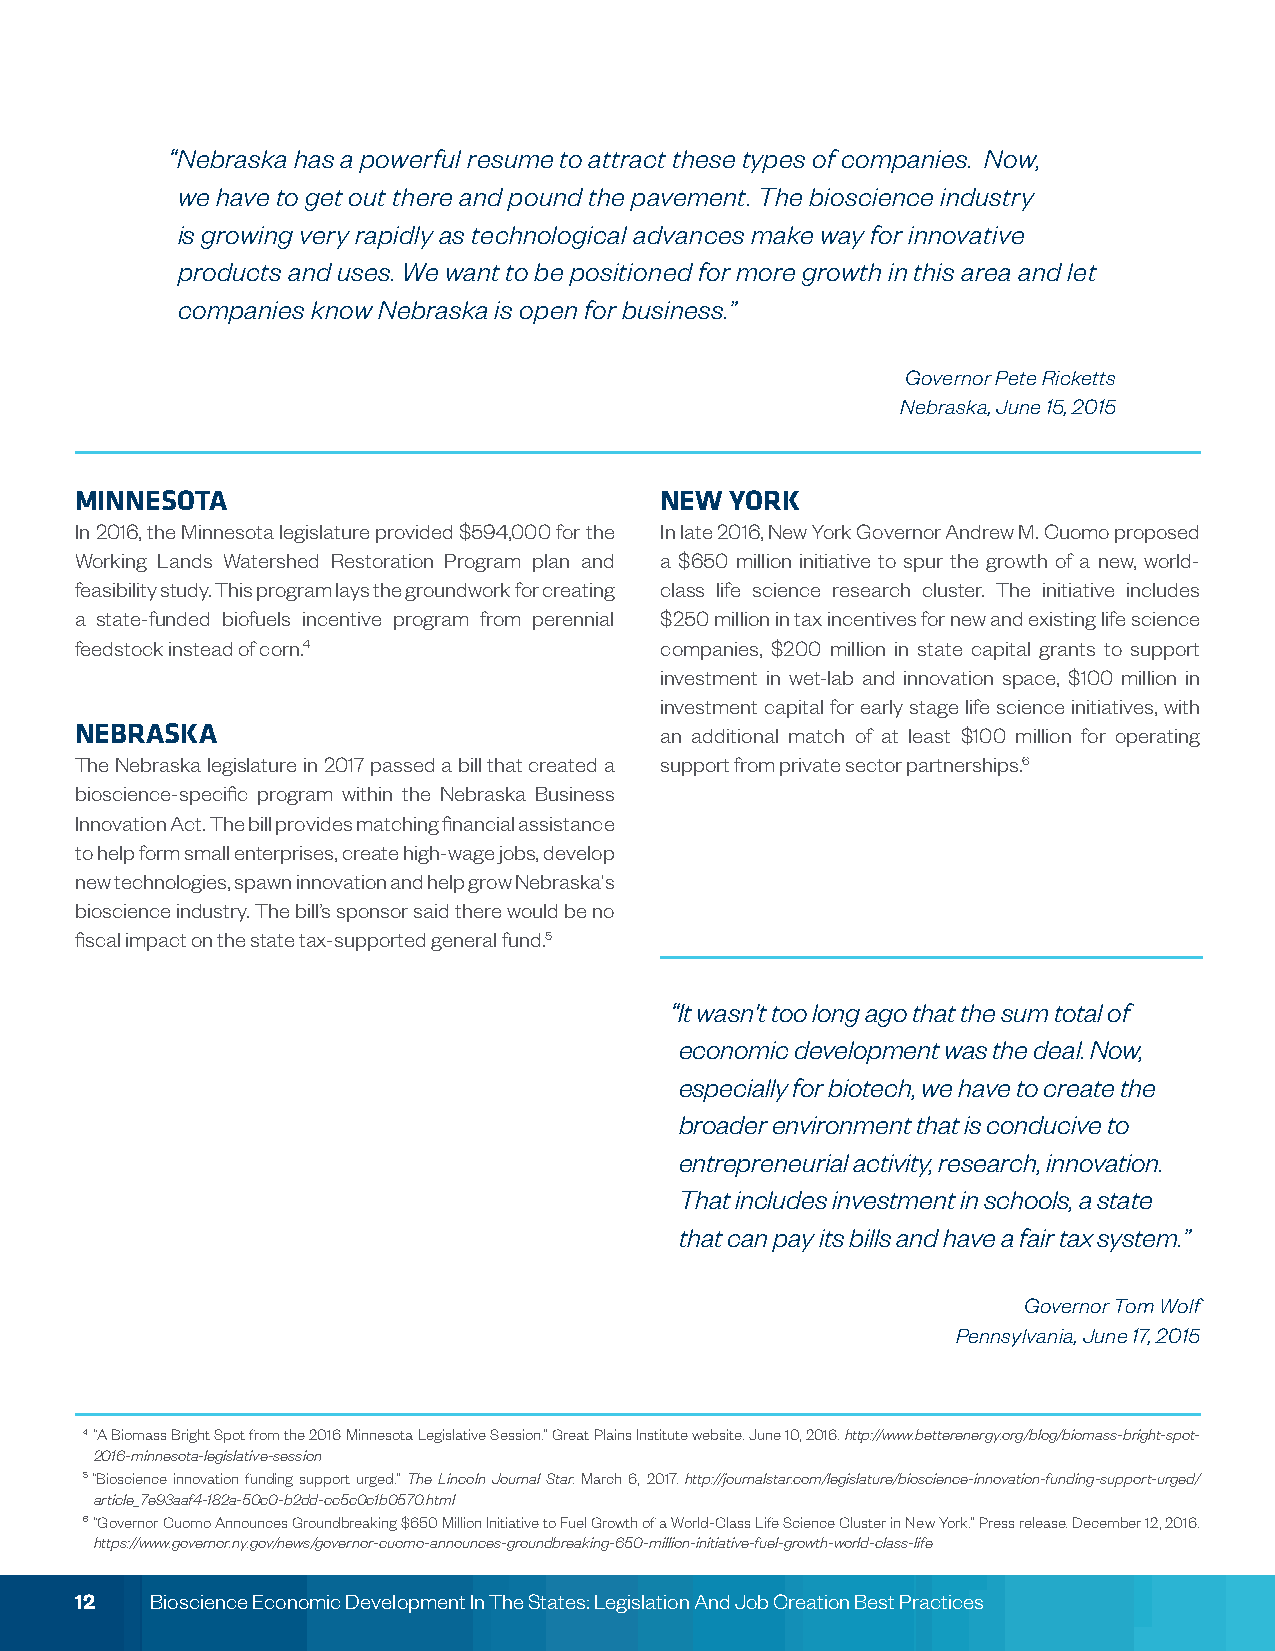
“Nebraska has a powerful resume to attract these types of companies. Now,
 we have to get out there and pound the pavement. The bioscience industry
 is growing very rapidly as technological advances make way for innovative
 products and uses. We want to be positioned for more growth in this area and let
 companies know Nebraska is open for business.”
 Governor Pete Ricketts
 Nebraska, June 15, 2015
 MINNESOTA                              NEW YORK
 In 2016, the Minnesota legislature provided $594,000 for the In late 2016, New York Governor Andrew M. Cuomo proposed
 Working Lands Watershed Restoration Program plan and a $650 million initiative to spur the growth of a new, world-
 feasibility study. This program lays the groundwork for creating class life science research cluster. The initiative includes
 a state-funded biofuels incentive program from perennial $250 million in tax incentives for new and existing life science
 feedstock instead of corn.4            companies, $200 million in state capital grants to support
 investment in wet-lab and innovation space, $100 million in
 investment capital for early stage life science initiatives, with
 NEBRASKA                               an additional match of at least $100 million for operating
 The Nebraska legislature in 2017 passed a bill that created a support from private sector partnerships.6
 bioscience-specific program within the Nebraska Business
 Innovation Act. The bill provides matching financial assistance
 to help form small enterprises, create high-wage jobs, develop
 new technologies, spawn innovation and help grow Nebraska's
 bioscience industry. The bill’s sponsor said there would be no
 fiscal impact on the state tax-supported general fund.5
 “It wasn't too long ago that the sum total of
 economic development was the deal. Now,
 especially for biotech, we have to create the
 broader environment that is conducive to
 entrepreneurial activity, research, innovation.
 That includes investment in schools, a state
 that can pay its bills and have a fair tax system.”
 Governor Tom Wolf
 Pennsylvania, June 17, 2015
 4 “A Biomass Bright Spot from the 2016 Minnesota Legislative Session.” Great Plains Institute website. June 10, 2016. http://www.betterenergy.org/blog/biomass-bright-spot-
 2016-minnesota-legislative-session
 5 “Bioscience innovation funding support urged.” The Lincoln Journal Star. March 6, 2017. http://journalstar.com/legislature/bioscience-innovation-funding-support-urged/
 article_7e93aaf4-182a-50c0-b2dd-cc5c0c1b0570.html
 6 “Governor Cuomo Announces Groundbreaking $650 Million Initiative to Fuel Growth of a World-Class Life Science Cluster in New York.” Press release. December 12, 2016.
 https://www.governor.ny.gov/news/governor-cuomo-announces-groundbreaking-650-million-initiative-fuel-growth-world-class-life
 12   Bioscience Economic Development In The States: Legislation And Job Creation Best Practices